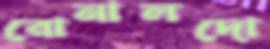
রোনালদো